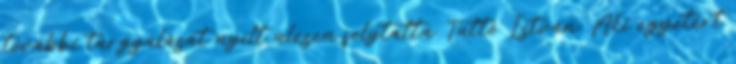
további tárgyalását nyílt ülésen folytatta. Tüttő István: Aki egyetért